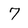
Character: 7